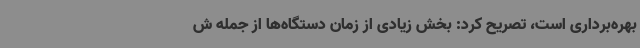
بهره‌برداری است، تصریح کرد: بخش زیادی از زمان دستگاه‌ها از جمله ش